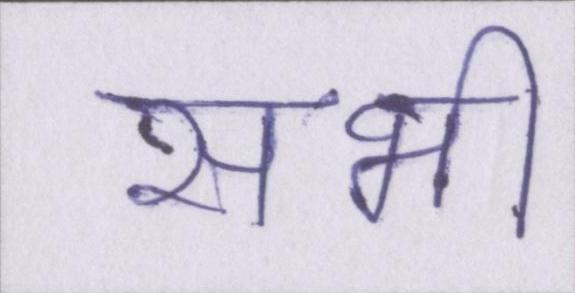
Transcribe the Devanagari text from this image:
सभी